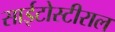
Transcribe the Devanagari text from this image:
साईटोस्टीराल